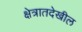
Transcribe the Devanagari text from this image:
क्षेत्रातदेखील